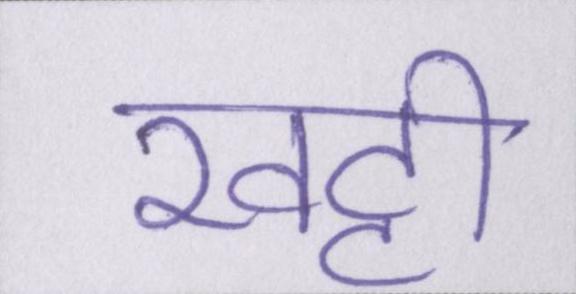
खट्टी